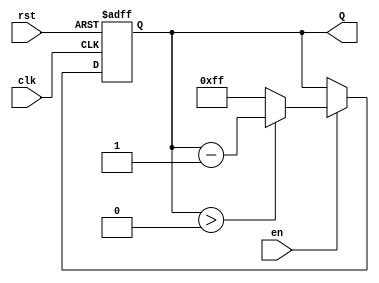
module binary_down_counter #(
    parameter n = 8  // Define the width of the counter (default is 8 bits)
)(
    input wire clk,   // Clock signal
    input wire rst,   // Asynchronous reset signal
    input wire en,    // Enable signal
    output reg [n-1:0] Q // n-bit output count
);

// Maximum count value for an n-bit counter
localparam MAX_COUNT = (1 << n) - 1; // 2^n - 1 (e.g., 255 for n=8)

always @(posedge clk or posedge rst) begin
    if (rst) begin
        // Reset the counter to the maximum value
        Q <= MAX_COUNT;
    end else if (en) begin
        // Decrement the counter if enabled
        if (Q > 0) begin
            Q <= Q - 1;
        end else begin
            // Wrap around to the maximum count value
            Q <= MAX_COUNT;
        end
    end
end

endmodule